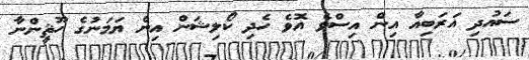
ސައުދި އަރަބިއާ އިން އިސްވެ އޮވެ ހެދި ކޯލިޝަން އިން ޔަމަނުގެ ހޫޘީންނާ